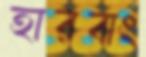
হারবাং